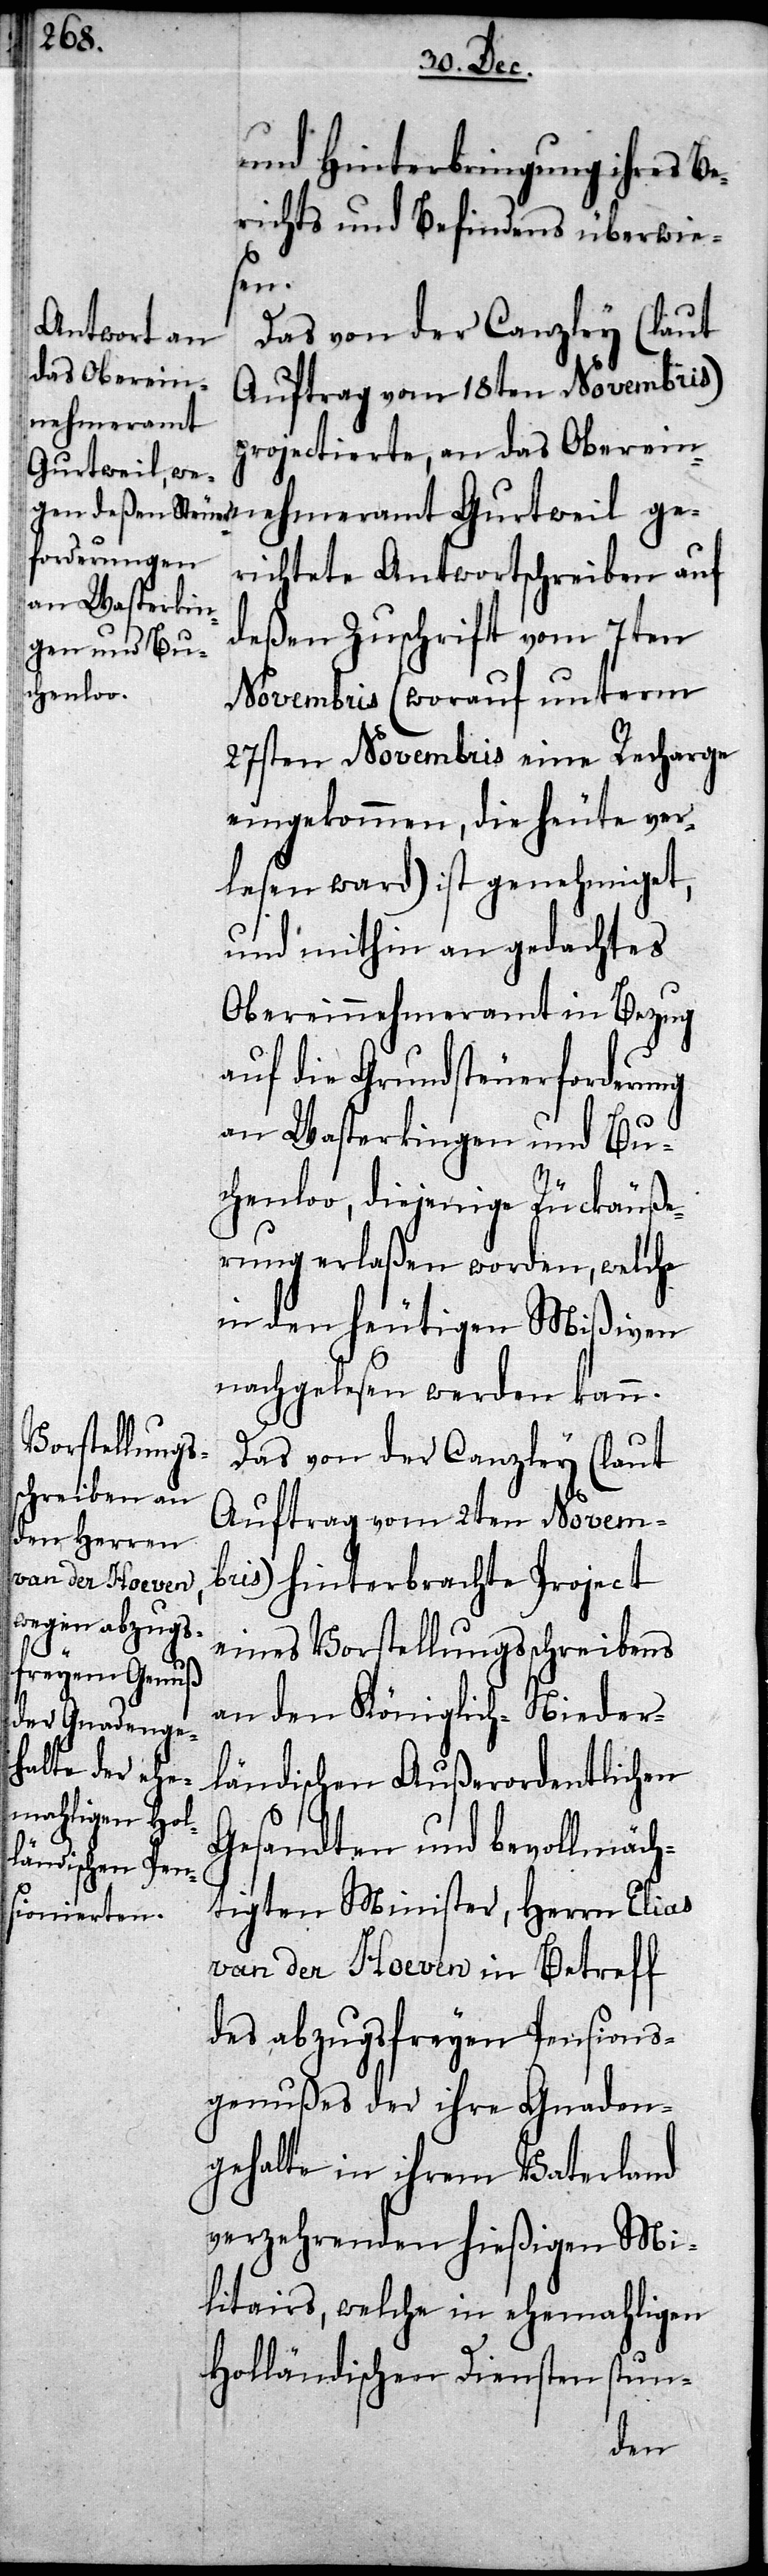
und Hinterbringung ihres Be¬
richts und Befindens überwie¬
sen.
Das von der Canzley (laut
Auftrag vom 18ten Novembris)
projectierte, an das Oberein¬
nehmeramt Gurtweil ge¬
richtete Antwortschreiben auf
deßen Zuschrift vom 7ten
Novembris (worauf unterm
27sten Novembris eine Recharge
eingekommen, die heute ver¬
lesen ward) ist genehmiget,
und mithin an gedachtes
Obereinnehmeramt in Bezug
auf die Grundsteuerforderung
an Wasterkingen und Bu¬
chenloo, diejenige Rückäuße¬
rung erlaßen worden, welche
in den heutigen Mißiven
nachgelesen werden kann.
Das von der Canzley (laut
Auftrag vom 2ten Novem¬
bris) hinterbrachte Project
eines Vorstellungsschreibens
an den Königlich-Nieder¬
ländischen Außerordentlichen
Gesandten und bevollmäch¬
tigten Minister, Herrn Elias
van der Hoeven in Betreff
des abzugsfreyen Pensions¬
genußes der ihre Gnaden¬
gehalte in ihrem Vaterland
verzehrenden hießigen Mi¬
litairs, welche in ehemahligen
Holländischen Diensten stun-